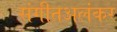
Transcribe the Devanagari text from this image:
संगीतअलंकर